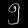
Digit: ၅